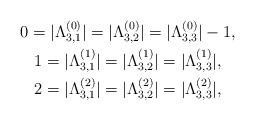
LaTeX: \begin{gather*}0=|\Lambda_{3,1}^{(0)}|=|\Lambda_{3,2}^{(0)}|=|\Lambda_{3,3}^{(0)}|-1,\\ 1=|\Lambda_{3,1}^{(1)}|=|\Lambda_{3,2}^{(1)}|=|\Lambda_{3,3}^{(1)}|,\\ 2=|\Lambda_{3,1}^{(2)}|=|\Lambda_{3,2}^{(2)}|=|\Lambda_{3,3}^{(2)}|,\end{gather*}